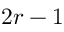
2 r - 1